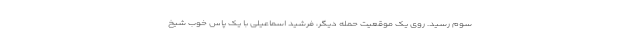
سوم رسید. روی یک موقعیت حمله دیگر، فرشید اسماعیلی با یک پاس خوب شیخ